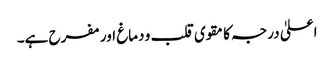
اعلیٰ درجہ کا مقوی قلب و دماغ اور مفرح ہے۔